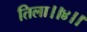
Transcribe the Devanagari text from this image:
तिला।।४।।